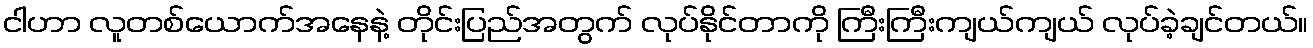
ငါဟာ လူတစ်ယောက်အနေနဲ့ တိုင်းပြည်အတွက် လုပ်နိုင်တာကို ကြီးကြီးကျယ်ကျယ် လုပ်ခဲ့ချင်တယ်။